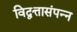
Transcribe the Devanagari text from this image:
विद्वत्तासंपन्न